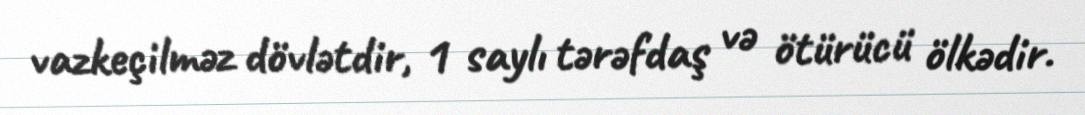
vazkeçilməz dövlətdir, 1 saylı tərəfdaş və ötürücü ölkədir.